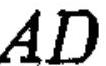
$AD$